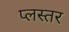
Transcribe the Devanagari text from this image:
प्लस्तर